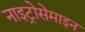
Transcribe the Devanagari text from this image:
नाइट्रोसेमाइन